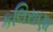
કલિરાણા